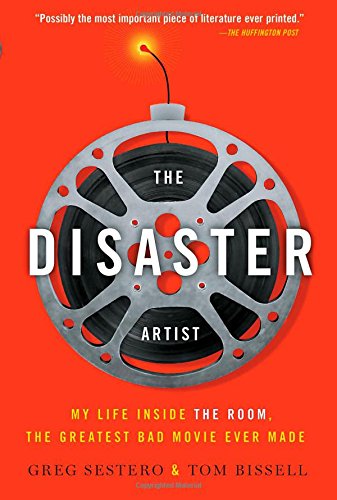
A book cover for The Disaster Artist: My Life Inside The Room, the Greatest Bad Movie Ever Made; Greg Sestero; Humor & Entertainment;